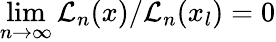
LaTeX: \operatorname*{lim}_{n\rightarrow\infty}{\cal L}_{n}(x)/{\cal L}_{n}(x_{l})=0